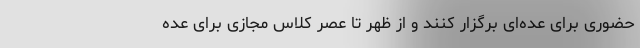
حضوری برای عده‌ای برگزار کنند و از ظهر تا عصر کلاس مجازی برای عده